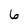
Character: 6